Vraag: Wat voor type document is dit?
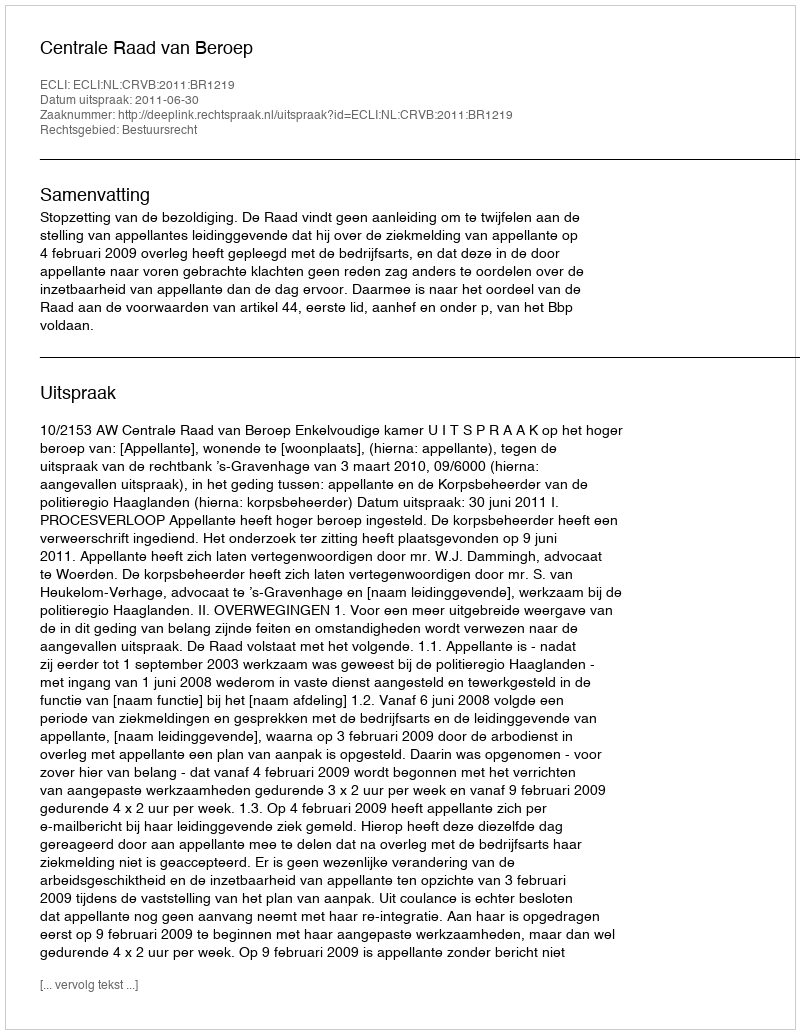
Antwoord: Uitspraak